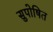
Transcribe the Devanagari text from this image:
सुपोषित